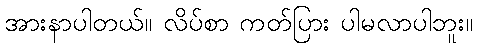
အားနာပါတယ်။ လိပ်စာ ကတ်ပြား ပါမလာပါဘူး။